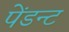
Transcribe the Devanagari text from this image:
पेंडन्ट